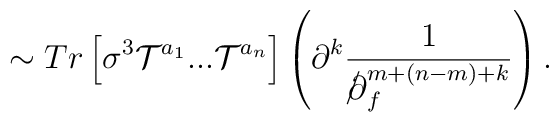
\sim Tr\left[\sigma^3 {\cal T}^{a_1}...{\cal T}^{a_n}\right] \left(\partial^k \frac{1}{{{\partial\kern-0.15em\raise0.17ex\llap{/}\kern0.15em\relax}}_f^{m+(n-m)+k}}\right).